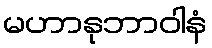
မဟာနုဘာဝါနံ